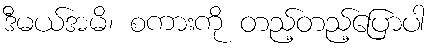
ဒီမယ်အမိ၊ စကားကို တည့်တည့်ပြောပါ